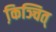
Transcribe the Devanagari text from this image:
कि़ञ्चित्